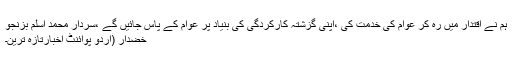
ہم نے اقتدار میں رہ کر عوام کی خدمت کی ،اپنی گزشتہ کارکردگی کی بنیاد پر عوام کے پاس جائیں گے ،سردار محمد اسلم بزنجو
خضدار (اُردو پوائنٹ اخبارتازہ ترین۔